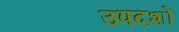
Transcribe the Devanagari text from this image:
उपदशों